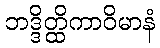
ဘဒ္ဒိတ္ထိကာဝိမာနံ